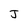
Character: J